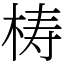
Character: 梼